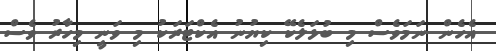
އެހެން ނަމަވެސް މި ބުޅަލެކޭ ކިޔުނު އެކްޓަރަކު މި ވަނީ މިހާރު ވެސް